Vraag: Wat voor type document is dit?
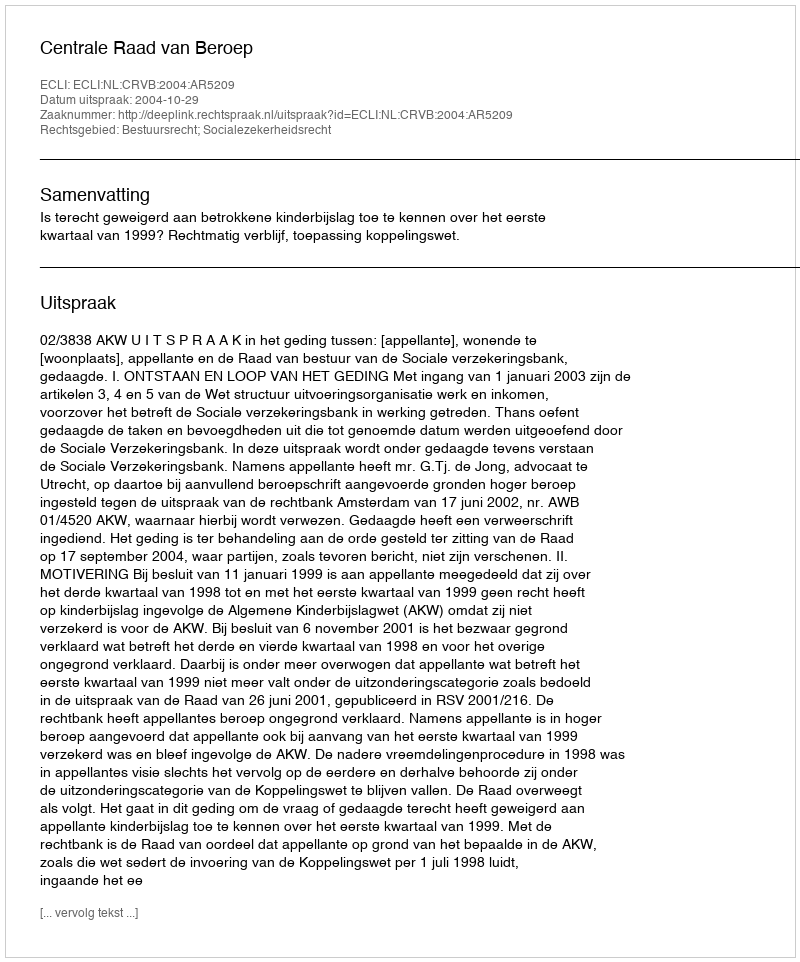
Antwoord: Uitspraak